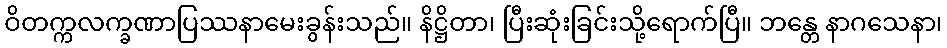
ဝိတက္ကလက္ခဏာပြဿနာမေးခွန်းသည်။ နိဋ္ဌိတာ၊ ပြီးဆုံးခြင်းသို့ရောက်ပြီ။ ဘန္တေ နာဂသေနာ၊